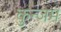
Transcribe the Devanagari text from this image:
कुन्जम